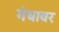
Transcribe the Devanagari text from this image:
गंधावर